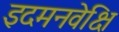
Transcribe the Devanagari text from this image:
इदमनवेक्षि